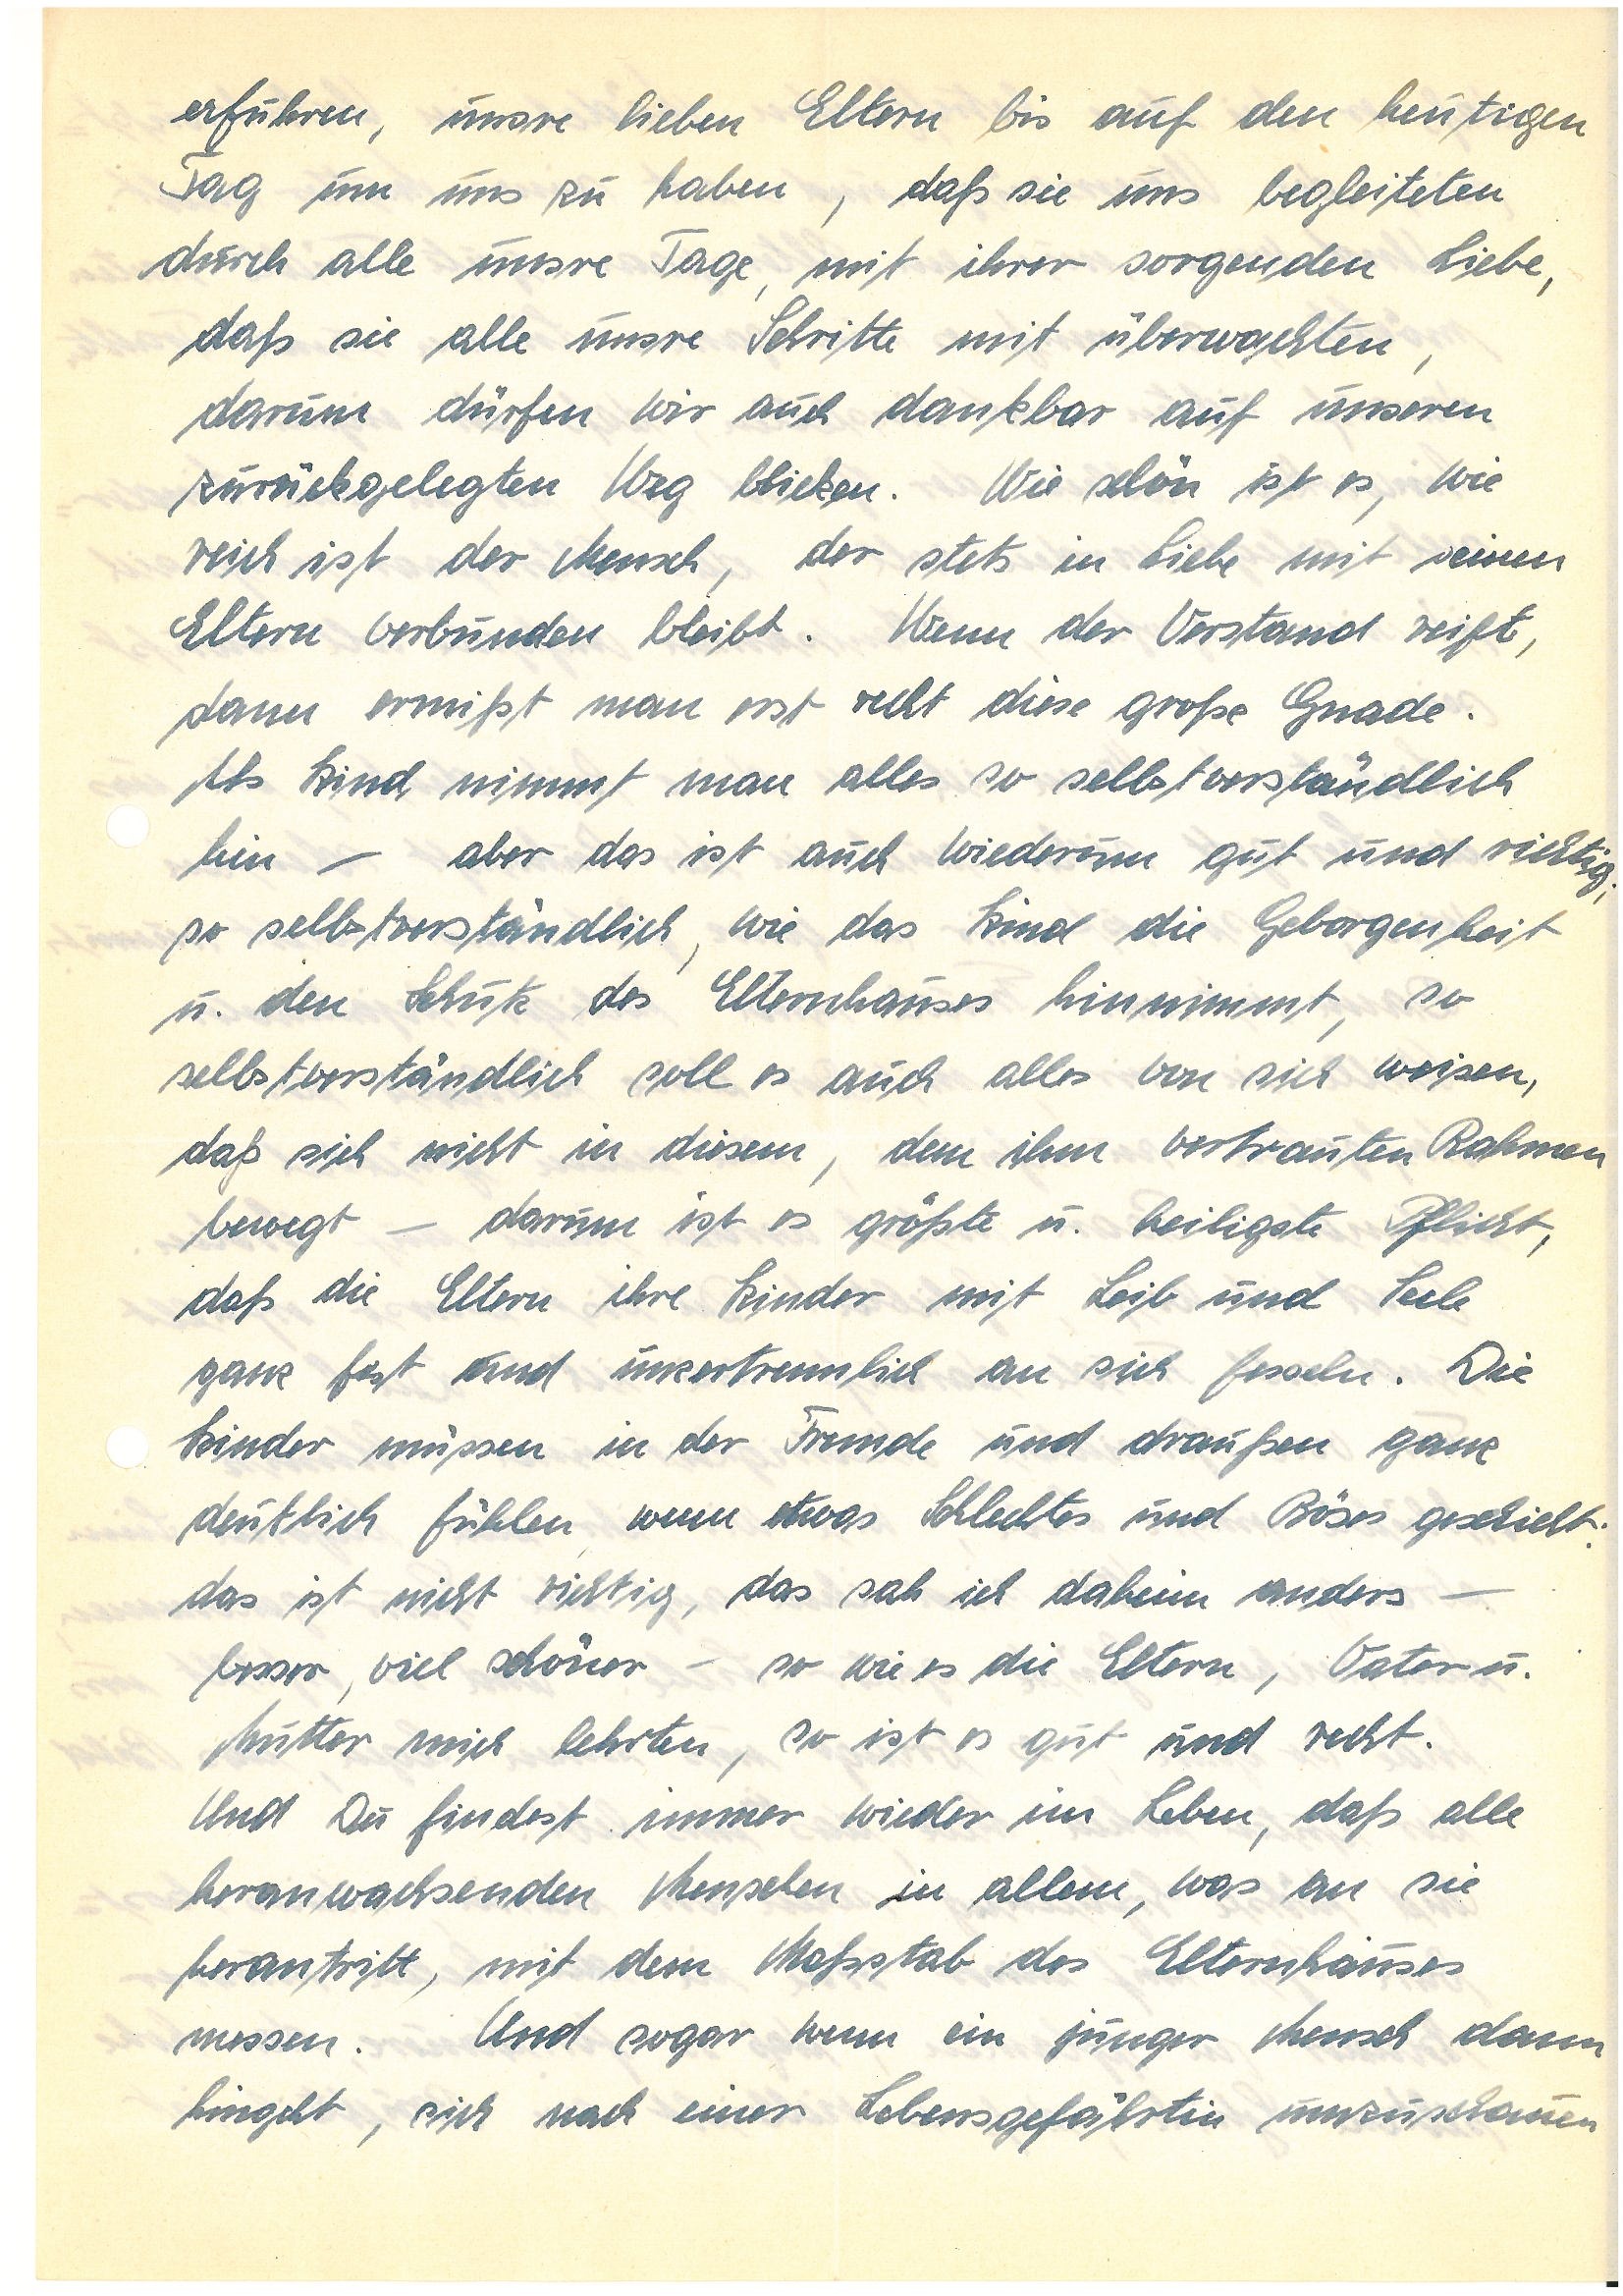
erfuhren, unsre lieben Eltern bis auf den heutigen
Tag um uns zu haben, daß sie uns begleiteten
durch alle unsre Tage, mit ihrer sorgenden Liebe,
daß sie alle unsre Schritte mit überwachten,
darum dürfen wir auch dankbar auf unseren
zurückgelegten Weg blicken. Wie schön ist es, wie
reich ist der Mensch, der stets in Liebe mit seinen
Eltern verbunden bleibt. Wenn der Verstand reift,
dann ermißt man erst recht diese große Gnade.
Als Kind nimmt man alles so selbstverständlich
hin – aber das ist auch wiederum gut und richtig;
so selbstverständlich, wie das Kind die Geborgenheit
u den Schutz des Elternhauses hinnimmt, so
selbstverständlich soll es auch alles von sich weisen,
daß  sich nicht in diesem, dem ihm vertrauten Rahmen
bewegt – darum ist es größte u heiligste Pflicht,
daß die Eltern ihre Kindern mit Leib und Seele
ganz fest und unzertrennlich an sich fesseln. Die
Kinder müssen in der Fremde und draußen ganz
deutlich fühlen, wenn etwas Schlechtes und Böses draußen geschieht:
das ist nicht richtig, das sah ich daheim anders –
besser, viel schöner – so wie es die Eltern, Vater u
Mutter mich lehrten, so ist es gut und recht.
Und du findest immer wieder im Leben, daß alle
heranwachsenden Menschen in allem, was an sie
herantritt, mit dem Maßstab des Elternhauses
messen. Und sogar wenn ein junger Mensch dann
hingeht, sich nach einer Lebensgefährtin umzuschauen,